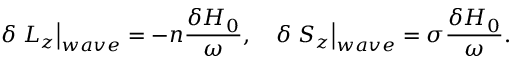
\delta \left. L _ { z } \right| _ { w a v e } = - n \frac { \delta H _ { 0 } } { \omega } , \quad \delta \left. S _ { z } \right| _ { w a v e } = \sigma \frac { \delta H _ { 0 } } { \omega } .